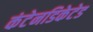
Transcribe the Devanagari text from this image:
कंटेनडिकेटेड